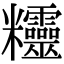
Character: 𥾂